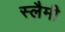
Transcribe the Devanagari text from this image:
स्लैमी